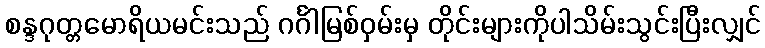
စန္ဒဂုတ္တမောရိယမင်းသည် ဂင်္ဂါမြစ်ဝှမ်းမှ တိုင်းများကိုပါသိမ်းသွင်းပြီးလျှင်